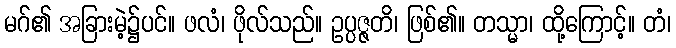
မဂ်၏ အခြားမဲ့၌ပင်။ ဖလံ၊ ဖိုလ်သည်။ ဥပ္ပဇ္ဇတိ၊ ဖြစ်၏။ တသ္မာ၊ ထို့ကြောင့်။ တံ၊